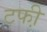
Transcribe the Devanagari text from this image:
टफी़